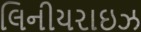
લિનીયરાઇઝ